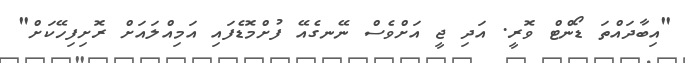
"އިބާދައްތަ ޑޯންޓް ވޮރީ. އަދި ޖީ އަށްވެސް ނޭނގެއޭ ފުށްމޮޑެފައި އަމިއްލައަށް ރޮށިފިހޭކަށް"